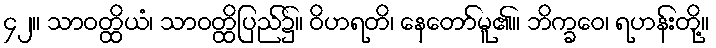
၄၂။ သာဝတ္ထိယံ၊ သာဝတ္ထိပြည်၌။ ဝိဟရတိ၊ နေတော်မူ၏။ ဘိက္ခဝေ၊ ရဟန်းတို့။